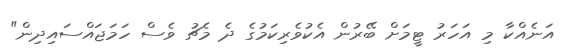
އަނެއްކާ މި އަހަރު ޓީމަށް ބޭރުން އެކުވެރިކަމުގެ ދެ މެޗު ވެސް ހަމަޖައްސައިދިން"